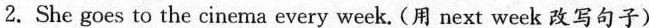
2.She goes to the cinema every week.(用 next week 改写句子)